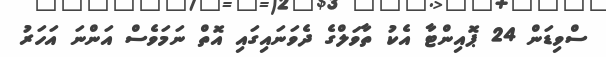
ސްވިޑަން 24 ޕޮއިންޓާ އެކު ތާވަލްގެ ދެވަނައިގައި އޮތް ނަމަވެސް އަންނަ އަހަރު